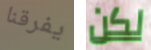
يفرقنا لكن